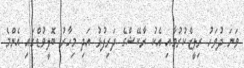
ވަނަ ދުވަހު ރިލީޒްކުރުމާއި އެކު ރާކޭޝްގެ ދަރިފުޅު އަދި މިހާރު ބޮލީވުޑްގައި އެންމެ